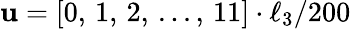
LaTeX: \mathbf{u}=[0,\, 1,\, 2,\, ...,\, 11]\cdot\ell_{3}/200